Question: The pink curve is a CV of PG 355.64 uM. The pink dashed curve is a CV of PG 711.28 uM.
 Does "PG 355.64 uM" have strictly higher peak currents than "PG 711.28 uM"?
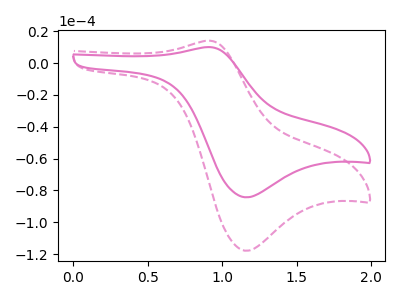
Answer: <think>The pink curve "PG 355.64 uM" has an anodic peak at (0.90V, 10.10uA) and a cathodic peak at (1.15V, -84.35uA). The pink dashed curve "PG 711.28 uM" has an anodic peak at (0.90V, 14.10uA) and a cathodic peak at (1.15V, -117.95uA).</think>
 <answer>Every peak in "PG 355.64 uM" is lower than every peak in "PG 711.28 uM".</answer>
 <eval>lower</eval>